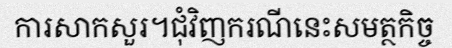
ការសាកសួរ។ជុំវិញករណីនេះសមត្ថកិច្ច